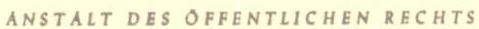
ANSTALT DES OFFENTLICHEN RECHTS